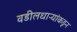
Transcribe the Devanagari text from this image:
वडीलधाऱ्यांकडून